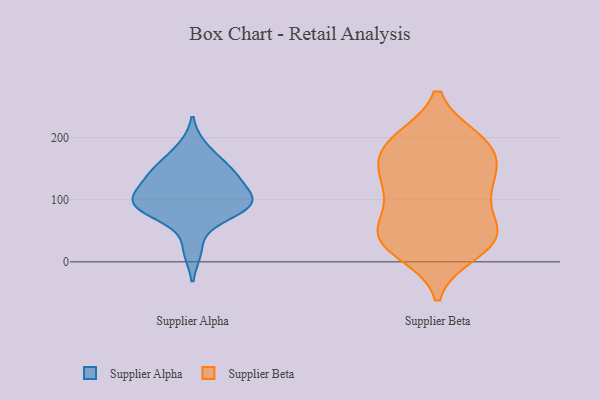
{"axis": {"x": "LTV (USD)", "y": "Value"}, "legend": ["Supplier Alpha", "Supplier Beta"], "data": [{"x": "", "y": 79, "type": "Supplier Alpha"}, {"x": "", "y": 114, "type": "Supplier Alpha"}, {"x": "", "y": 84, "type": "Supplier Alpha"}, {"x": "", "y": 154, "type": "Supplier Alpha"}, {"x": "", "y": 89, "type": "Supplier Alpha"}, {"x": "", "y": 148, "type": "Supplier Alpha"}, {"x": "", "y": 19, "type": "Supplier Alpha"}, {"x": "", "y": 94, "type": "Supplier Alpha"}, {"x": "", "y": 183, "type": "Supplier Alpha"}, {"x": "", "y": 139, "type": "Supplier Alpha"}, {"x": "", "y": 97, "type": "Supplier Alpha"}, {"x": "", "y": 97, "type": "Supplier Alpha"}, {"x": "", "y": 130, "type": "Supplier Alpha"}, {"x": "", "y": 23, "type": "Supplier Beta"}, {"x": "", "y": 41, "type": "Supplier Beta"}, {"x": "", "y": 57, "type": "Supplier Beta"}, {"x": "", "y": 170, "type": "Supplier Beta"}, {"x": "", "y": 108, "type": "Supplier Beta"}, {"x": "", "y": 40, "type": "Supplier Beta"}, {"x": "", "y": 67, "type": "Supplier Beta"}, {"x": "", "y": 186, "type": "Supplier Beta"}, {"x": "", "y": 196, "type": "Supplier Beta"}, {"x": "", "y": 195, "type": "Supplier Beta"}, {"x": "", "y": 197, "type": "Supplier Beta"}, {"x": "", "y": 144, "type": "Supplier Beta"}, {"x": "", "y": 111, "type": "Supplier Beta"}, {"x": "", "y": 15, "type": "Supplier Beta"}, {"x": "", "y": 163, "type": "Supplier Beta"}, {"x": "", "y": 37, "type": "Supplier Beta"}, {"x": "", "y": 121, "type": "Supplier Beta"}, {"x": "", "y": 40, "type": "Supplier Beta"}, {"x": "", "y": 137, "type": "Supplier Beta"}]}